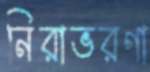
নিরাভরণা